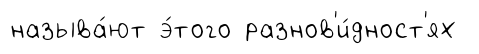
называ́ют э́того разнов'и́дност'ях